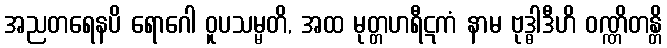
အညတရေနပိ ရောဂေါ ဝူပသမ္မတိ, အထ မုတ္တဟရီဋကံ နာမ ဗုဒ္ဓါဒီဟိ ဝဏ္ဏိတန္တိ